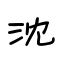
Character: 沈